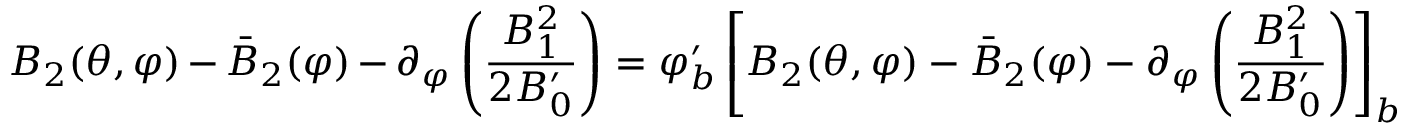
B _ { 2 } ( \theta , \varphi ) - \bar { B } _ { 2 } ( \varphi ) - \partial _ { \varphi } \left( \frac { B _ { 1 } ^ { 2 } } { 2 B _ { 0 } ^ { \prime } } \right) = \varphi _ { b } ^ { \prime } \left[ B _ { 2 } ( \theta , \varphi ) - \bar { B } _ { 2 } ( \varphi ) - \partial _ { \varphi } \left( \frac { B _ { 1 } ^ { 2 } } { 2 B _ { 0 } ^ { \prime } } \right) \right] _ { b }